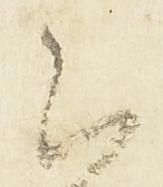
云